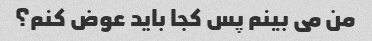
من می بینم پس کجا باید عوض کنم؟